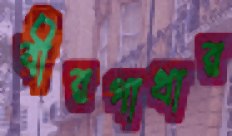
বীরগাথার